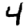
Digit: 4